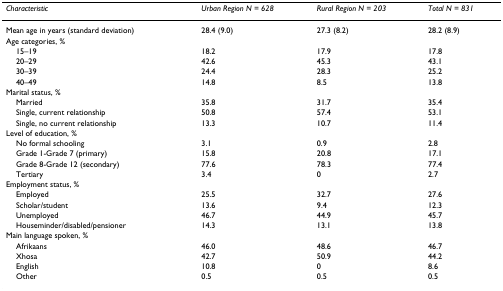
| Characteristic | Urban Region N = 628 | Rural Region N = 203 | Total N = 831 |
 | --- | --- | --- | --- |
 | Mean age in years (standard deviation) | 28.4 (9.0) | 27.3 (8.2) | 28.2 (8.9) |
 | Age categories, % |  |  |  |
 | 15–19 | 18.2 | 17.9 | 17.8 |
 | 20–29 | 42.6 | 45.3 | 43.1 |
 | 30–39 | 24.4 | 28.3 | 25.2 |
 | 40–49 | 14.8 | 8.5 | 13.8 |
 | Marital status, % |  |  |  |
 | Married | 35.8 | 31.7 | 35.4 |
 | Single, current relationship | 50.8 | 57.4 | 53.1 |
 | Single, no current relationship | 13.3 | 10.7 | 11.4 |
 | Level of education, % |  |  |  |
 | No formal schooling | 3.1 | 0.9 | 2.8 |
 | Grade 1-Grade 7 (primary) | 15.8 | 20.8 | 17.1 |
 | Grade 8-Grade 12 (secondary) | 77.6 | 78.3 | 77.4 |
 | Tertiary | 3.4 | 0 | 2.7 |
 | Employment status, % |  |  |  |
 | Employed | 25.5 | 32.7 | 27.6 |
 | Scholar/student | 13.6 | 9.4 | 12.3 |
 | Unemployed | 46.7 | 44.9 | 45.7 |
 | Houseminder/disabled/pensioner | 14.3 | 13.1 | 13.8 |
 | Main language spoken, % |  |  |  |
 | Afrikaans | 46.0 | 48.6 | 46.7 |
 | Xhosa | 42.7 | 50.9 | 44.2 |
 | English | 10.8 | 0 | 8.6 |
 | Other | 0.5 | 0.5 | 0.5 |